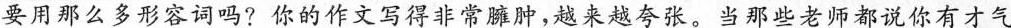
要用那么多形容词吗?你的作文写得非常臃肿，越来越夸张。当那些老师都说你有才气